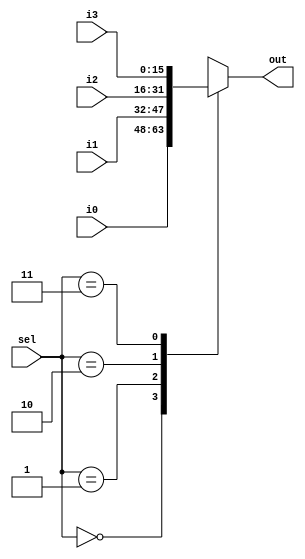
module MUX41 (
    input [15:0] i0,
    input [15:0] i1,
    input [15:0] i2,
    input [15:0] i3,
    input [1:0] sel,
    output reg [15:0] out
);

always@(*)begin
    case(sel)
        0 : out <= i0;
        1 : out <= i1;
        2 : out <= i2;
        3 : out <= i3;
        default : out <= 0;

    endcase
end
    
endmodule